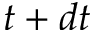
t + d t